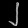
Digit: ၂